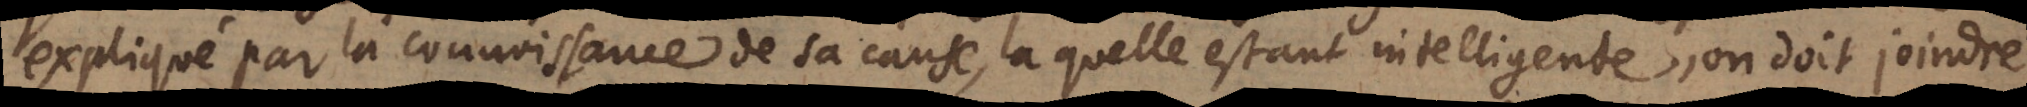
expliqué par la connoissance de sa cause, la quelle estant intelligente, on doit joindre